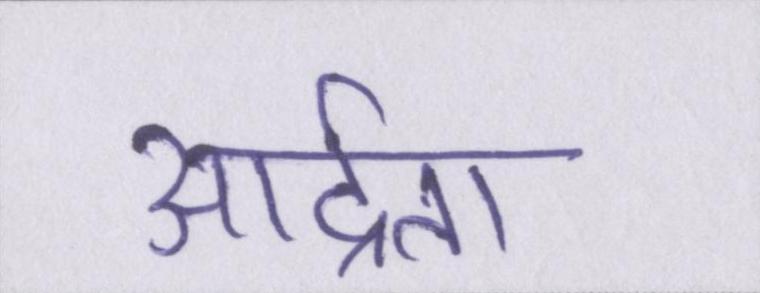
आर्द्रता